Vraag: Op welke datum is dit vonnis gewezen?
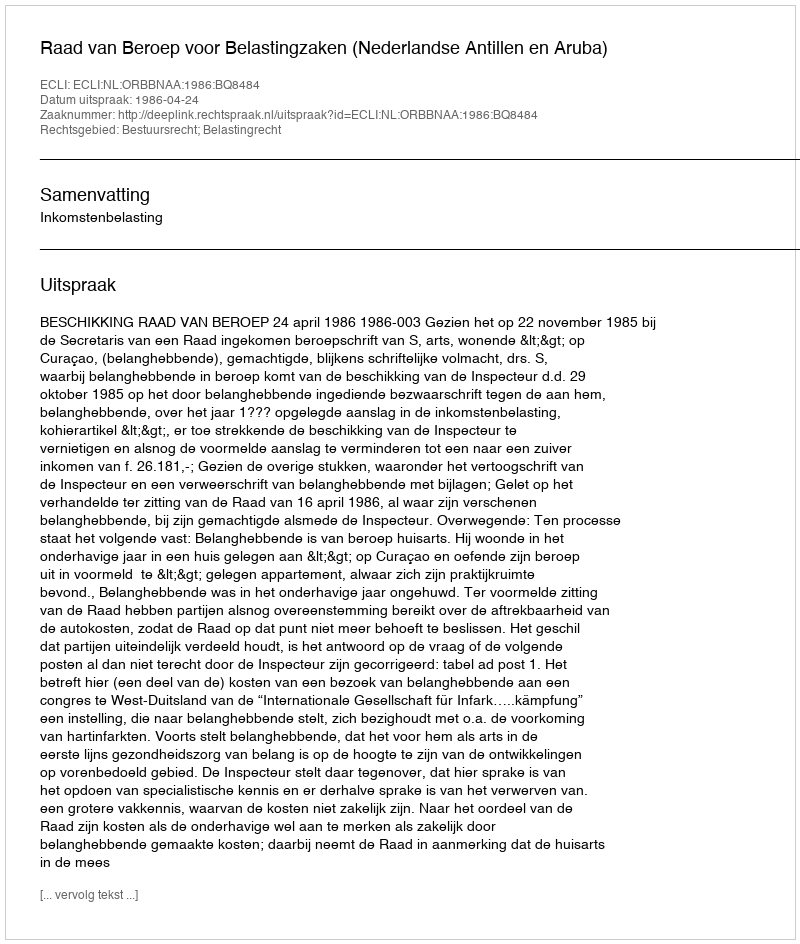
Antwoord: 1986-04-24